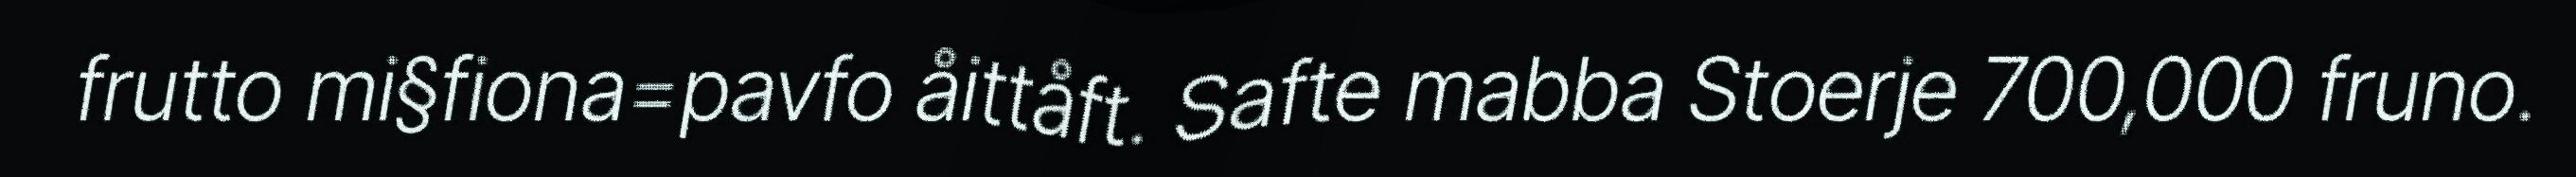
frutto mi§fiona=pavfo åittåft. Safte mabba Stoerje 700,000 fruno.